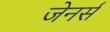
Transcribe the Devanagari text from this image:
जेनर्स